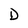
Character: D